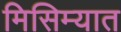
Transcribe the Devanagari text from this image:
मिसिम्यात